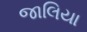
જાલિયા